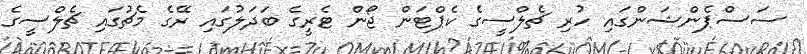
ސަސްޕެންޝަންގައި ހުރި ޗެލްސީގެ ކެޕްޓަން ޖޯން ޓެރީގެ ބަދަލުގައި ރޭގެ މެޗުގައި ޗެލްސީގެ